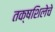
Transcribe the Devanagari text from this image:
तक्षशिलेचे